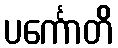
ပင်္ကောတိ